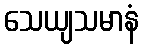
သေယျသမာနံ